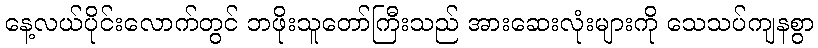
နေ့လယ်ပိုင်းလောက်တွင် ဘဖိုးသူတော်ကြီးသည် အားဆေးလုံးများကို သေသပ်ကျနစွာ